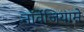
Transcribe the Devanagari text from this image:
नॉर्वेजियामे